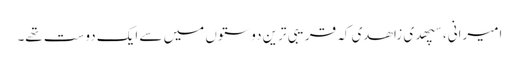
امیرانی، سپھدی زاھدی کہ قریبی ترین دوستوں میں سے ایک دوست تھے۔